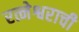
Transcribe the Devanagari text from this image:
रत्नेश्वराची